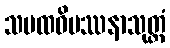
သမထဝိပဿနာသုတ္တံ